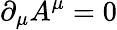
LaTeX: \partial_{\mu}A^{\mu}=0